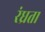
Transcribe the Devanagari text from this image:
रंध्रता